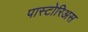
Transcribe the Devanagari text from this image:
पास्टोरिअस